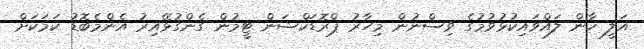
އަލީ ޚާން ލައްވައިކުޅުވުމުގެ ވިސްނުން މިހާރު ޕްރޮޑަކްޝަން ޓީމުން ގެންގުޅޭއިރު އެންމެބޮޑު ކަމަކަށް